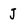
Character: J